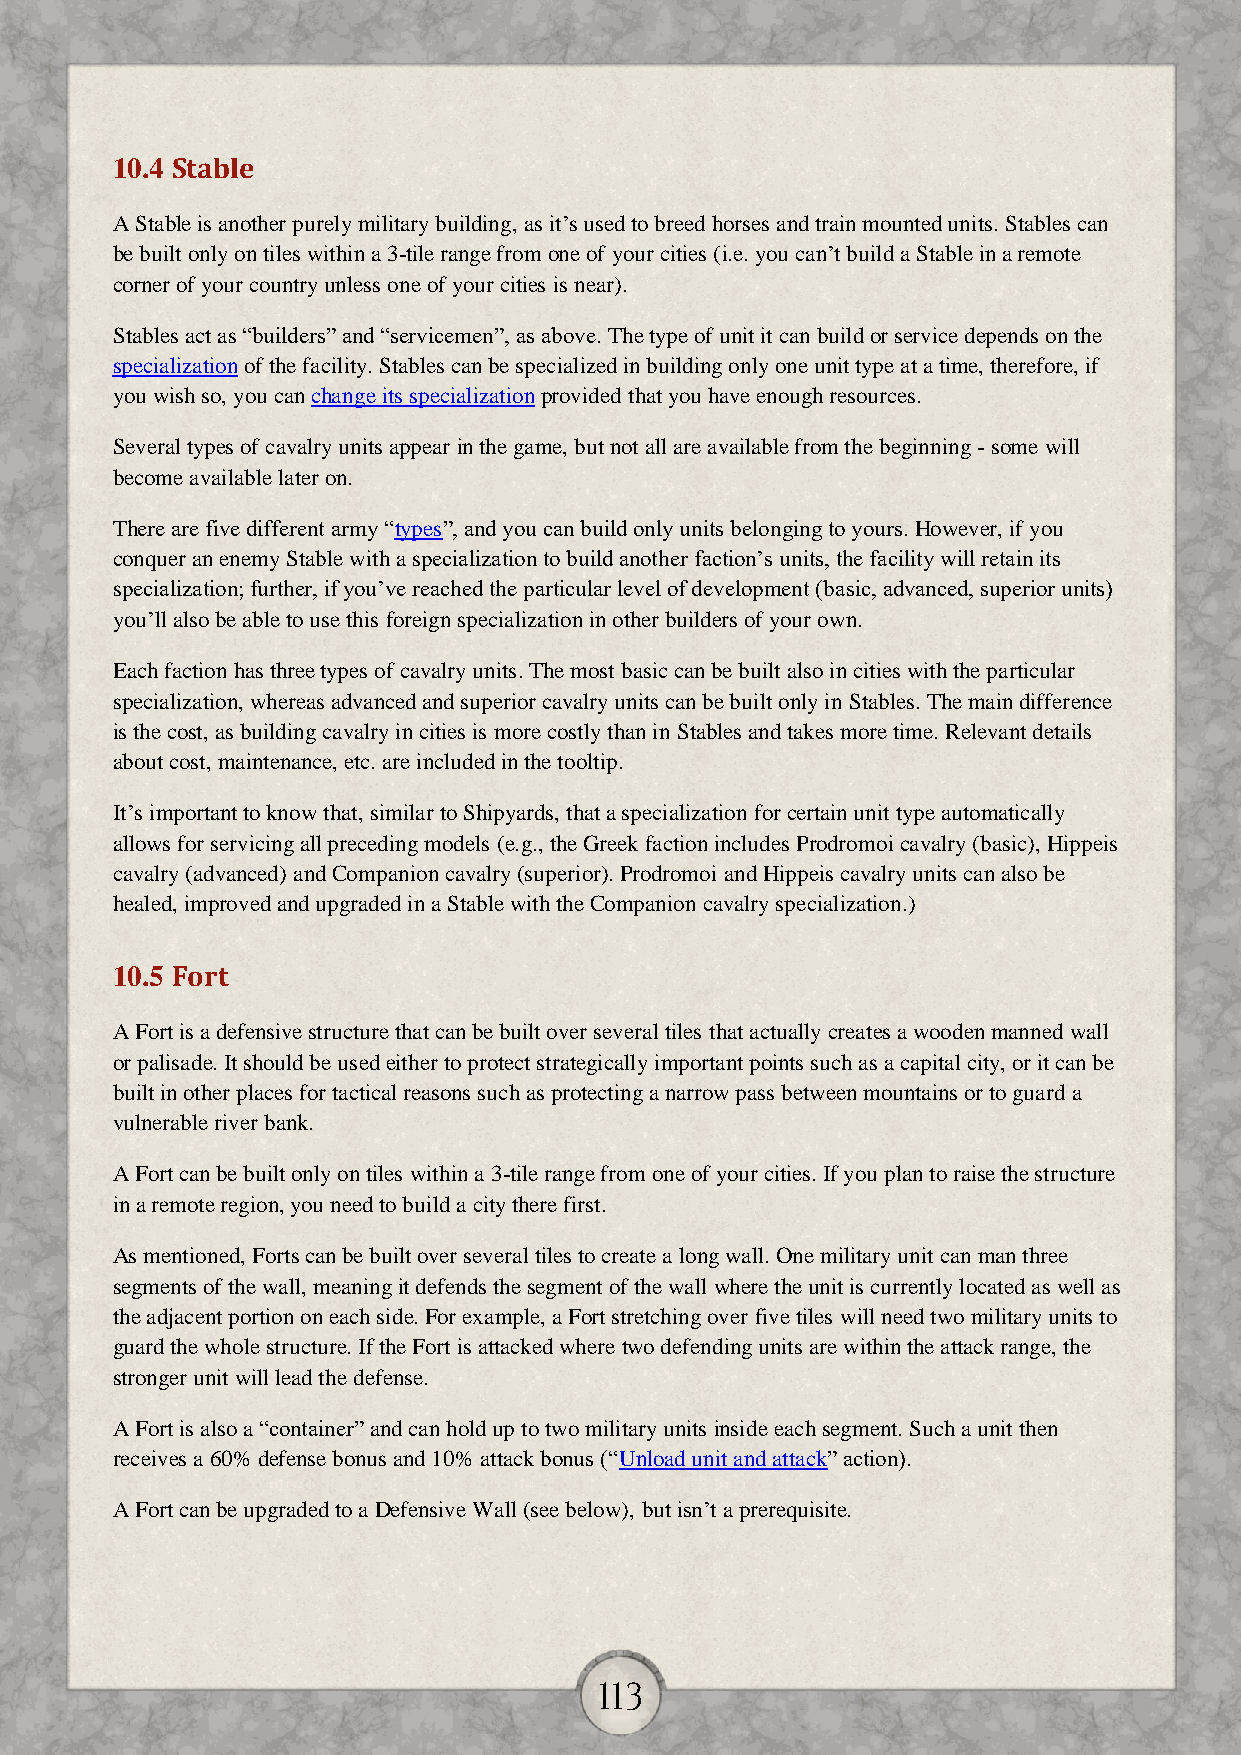
10.4 Stable
 A Stable is another purely military building, as it’s used to breed horses and train mounted units. Stables can
 be built only on tiles within a 3-tile range from one of your cities (i.e. you can’t build a Stable in a remote
 corner of your country unless one of your cities is near).
 Stables act as “builders” and “servicemen”, as above. The type of unit it can build or service depends on the
 specialization of the facility. Stables can be specialized in building only one unit type at a time, therefore, if
 you wish so, you can change its specialization provided that you have enough resources.
 Several types of cavalry units appear in the game, but not all are available from the beginning - some will
 become available later on.
 There are five different army “types”, and you can build only units belonging to yours. However, if you
 conquer an enemy Stable with a specialization to build another faction’s units, the facility will retain its
 specialization; further, if you’ve reached the particular level of development (basic, advanced, superior units)
 you’ll also be able to use this foreign specialization in other builders of your own.
 Each faction has three types of cavalry units. The most basic can be built also in cities with the particular
 specialization, whereas advanced and superior cavalry units can be built only in Stables. The main difference
 is the cost, as building cavalry in cities is more costly than in Stables and takes more time. Relevant details
 about cost, maintenance, etc. are included in the tooltip.
 It’s important to know that, similar to Shipyards, that a specialization for certain unit type automatically
 allows for servicing all preceding models (e.g., the Greek faction includes Prodromoi cavalry (basic), Hippeis
 cavalry (advanced) and Companion cavalry (superior). Prodromoi and Hippeis cavalry units can also be
 healed, improved and upgraded in a Stable with the Companion cavalry specialization.)
 10.5 Fort
 A Fort is a defensive structure that can be built over several tiles that actually creates a wooden manned wall
 or palisade. It should be used either to protect strategically important points such as a capital city, or it can be
 built in other places for tactical reasons such as protecting a narrow pass between mountains or to guard a
 vulnerable river bank.
 A Fort can be built only on tiles within a 3-tile range from one of your cities. If you plan to raise the structure
 in a remote region, you need to build a city there first.
 As mentioned, Forts can be built over several tiles to create a long wall. One military unit can man three
 segments of the wall, meaning it defends the segment of the wall where the unit is currently located as well as
 the adjacent portion on each side. For example, a Fort stretching over five tiles will need two military units to
 guard the whole structure. If the Fort is attacked where two defending units are within the attack range, the
 stronger unit will lead the defense.
 A Fort is also a “container” and can hold up to two military units inside each segment. Such a unit then
 receives a 60% defense bonus and 10% attack bonus (“Unload unit and attack” action).
 A Fort can be upgraded to a Defensive Wall (see below), but isn’t a prerequisite.
 113